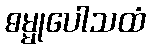
ဓမ္မုပေါသထံ